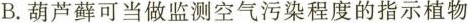
B.葫芦藓可当做监测空气污染程度的指示植物